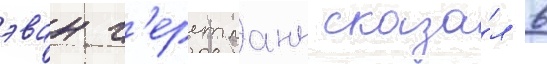
эван г'ерстманн сказа́л в